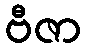
ဗီဇာ